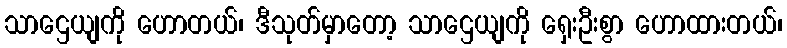
သာဌေယျကို ဟောတယ်၊ ဒီသုတ်မှာတော့ သာဌေယျကို ရှေးဦးစွာ ဟောထားတယ်၊